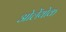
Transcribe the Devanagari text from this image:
ओलेंयोक